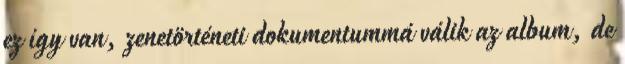
ez így van, zenetörténeti dokumentummá válik az album, de